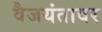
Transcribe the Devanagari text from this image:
वैजयंतावर